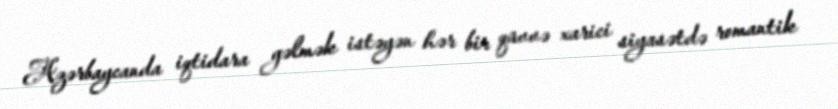
Azərbaycanda iqtidara gəlmək istəyən hər bir qüvvə xarici siyasətdə romantik